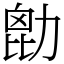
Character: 㔡